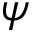
\psi